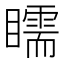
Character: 𥌎